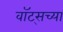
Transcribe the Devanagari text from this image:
वॉट्सच्या